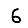
Digit: 6